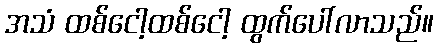
အသံ ထစ်ငေါ့ထစ်ငေါ့ ထွက်ပေါ်လာသည်။